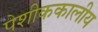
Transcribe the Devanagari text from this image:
पेशीककालीय